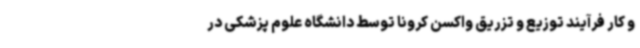
و کار فرآیند توزیع و تزریق واکسن کرونا توسط دانشگاه علوم پزشکی در